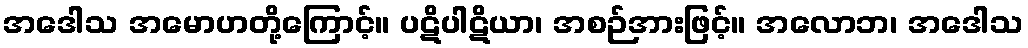
အဒေါသ အမောဟတို့ကြောင့်။ ပဋိပါဋိယာ၊ အစဉ်အားဖြင့်။ အလောဘ၊ အဒေါသ